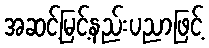
အဆင့်မြင့်နည်းပညာဖြင့်